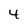
Character: 4